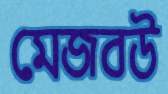
মেজবউ